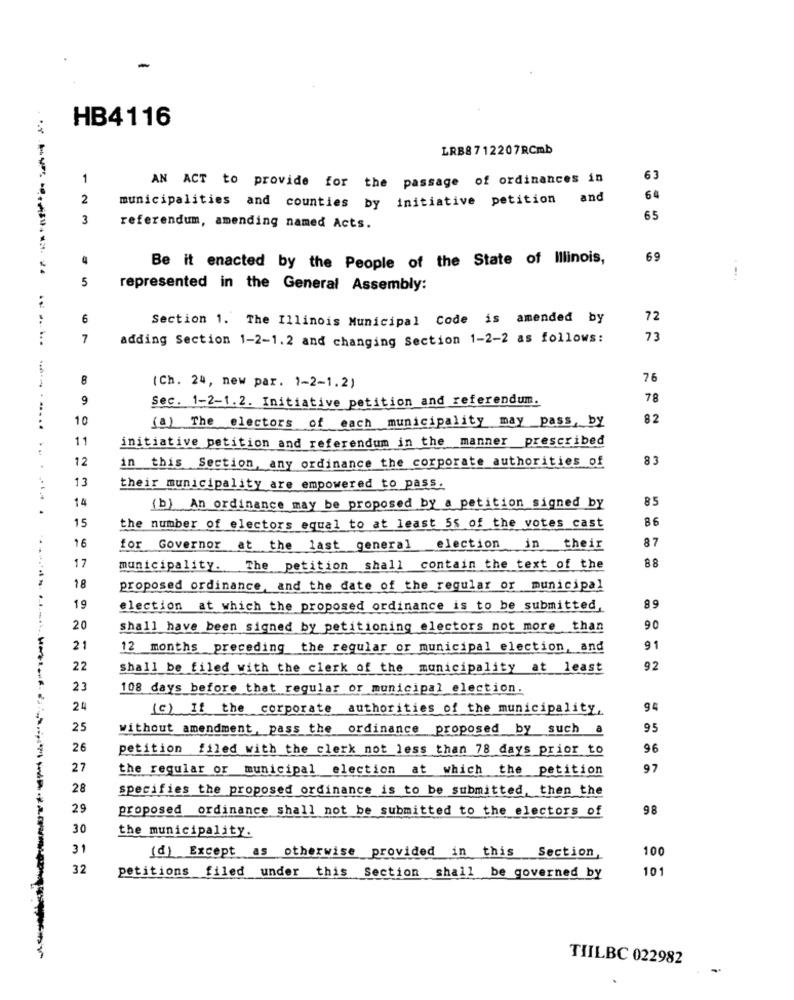
HB4116
LRB8712207RCmb
1
63
AN ACT to provide for the passage of ordinances in
2
municipalities and counties by initiative petition and
64
3
65
referendum, amending named Acts.
69
Be it enacted by the People of the State of Illinois,
5
represented in the General Assembly:
6
Section 1. The Illinois Municipal Code is amended by
72
7
adding Section 1-2-1.2 and changing Section 1-2-2 as follows:
73
8
76
(Ch. 24, new par. 1-2-1.2)
9
Sec. 1-2-1.2. Initiative petition and referendum.
78
10
(a) The electors of each municipality may pass, by
82
11
initiative petition and referendum in the manner prescribed
12
in this Section, any ordinance the corporate authorities of
83
13
their municipality are empowered to pass.
14
85
(b) An ordinance may be proposed by a petition signed by
15
86
the number of electors equal to at least 55 of the votes cast
87
16
for Governor at the last general election in their
88
17
municipality. The petition shall contain the text of the
18
proposed ordinance, and the date of the regular or municipal
..
19
election at which the proposed ordinance is to be submitted,
89
20
shall have been signed by petitioning electors not more than
90
21
12 months preceding the regular or municipal election, and
91
22
shall be filed with the clerk of the municipality at least
92
23
108 days before that regular or municipal election.
24
(c) If the corporate authorities of the municipality.
94
25
without amendment, pass the ordinance proposed by such a
95
26
petition filed with the clerk not less than 78 days prior to
96
27
the regular or municipal election at which the petition
97
28
specifies the proposed ordinance is to be submitted, then the
29
proposed ordinance shall not be submitted to the electors of
98
30
the municipality.
31
(d) Except as otherwise provided in this Section,
100
32
petitions filed under this Section shall be governed by
10
TILBC 022982